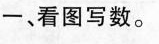
一、看图写数。